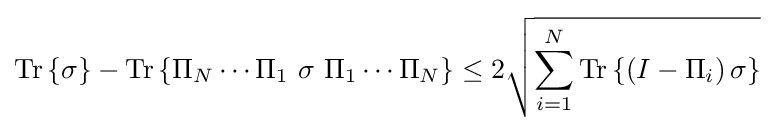
{\text{Tr}}\left\{\sigma \right\}-{\text{Tr}}\left\{\Pi _{N}\cdots \Pi _{1}\ \sigma \ \Pi _{1}\cdots \Pi _{N}\right\}\leq 2{\sqrt {\sum _{i=1}^{N}{\text{Tr}}\left\{\left(I-\Pi _{i}\right)\sigma \right\}}}